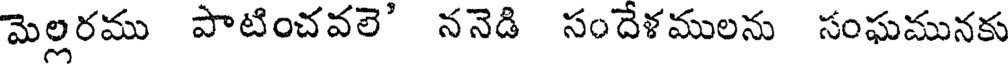
మెల్లరము పాటించవలె' ననెడి సందేళములను సంఘమునకు